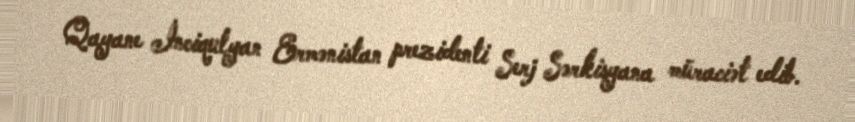
Qayane İnciqulyan Ermənistan prezidenti Serj Sərkisyana müraciət edib.